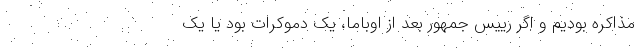
مذاکره بودیم و اگر رییس جمهور بعد از اوباما، یک دموکرات بود یا یک